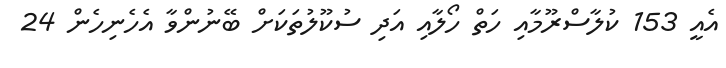
އެއީ 153 ކުލާސްރޫމާއި ހަތް ހޯލާއި އަދި ސުކޫލުތަކަށް ބޭނުންވާ އެހެނިހެން 24